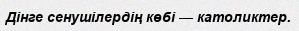
Дінге сенушілердің көбі — католиктер.